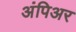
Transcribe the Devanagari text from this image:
अंपिअर